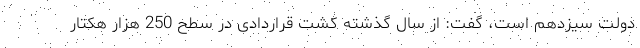
دولت سیزدهم است، گفت: از سال گذشته کشت قراردادی در سطح 250 هزار هکتار